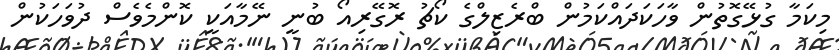
މިކަމާ ގުޅޭގޮތުން ވާހަކަދައްކަމުން ބްރެޒިލްގެ ކޯޗު ރޮގޭރިއޯ ބުނީ ނޭމާއަކީ ކޮންމެވެސް ދުވަހަކުން